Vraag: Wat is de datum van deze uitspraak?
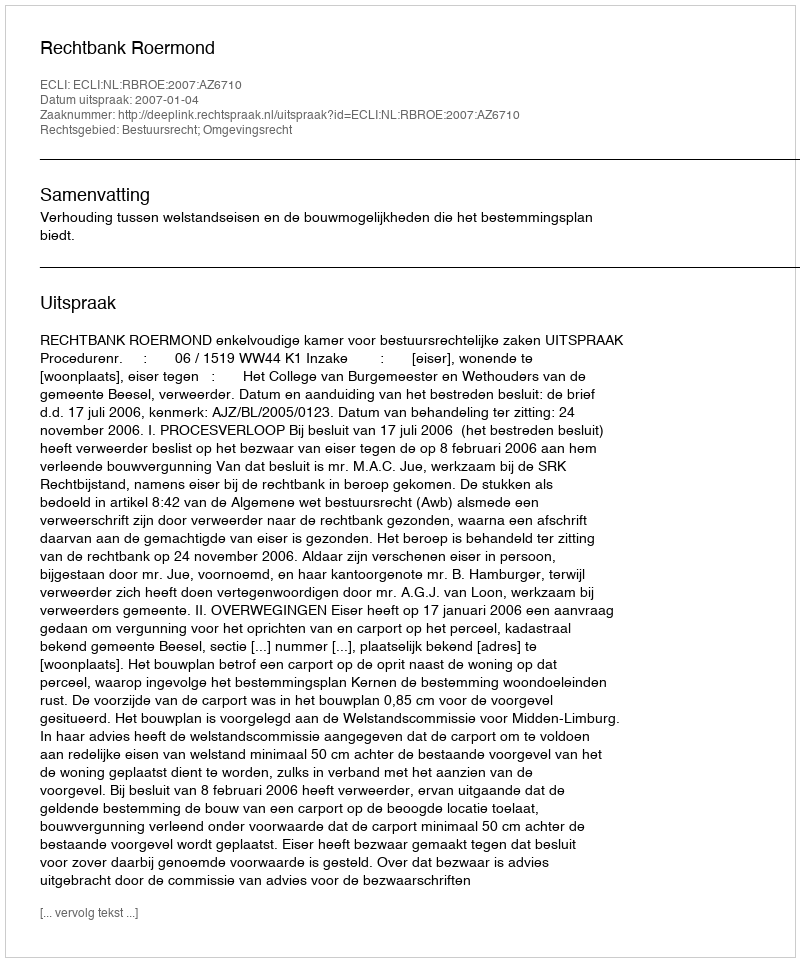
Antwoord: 2007-01-04